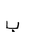
Letter: _ba